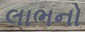
લાભનો